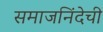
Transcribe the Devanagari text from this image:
समाजनिंदेची